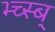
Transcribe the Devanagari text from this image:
भ्च्स्ब्